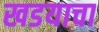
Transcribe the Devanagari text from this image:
खडयाचा